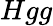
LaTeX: Hgg